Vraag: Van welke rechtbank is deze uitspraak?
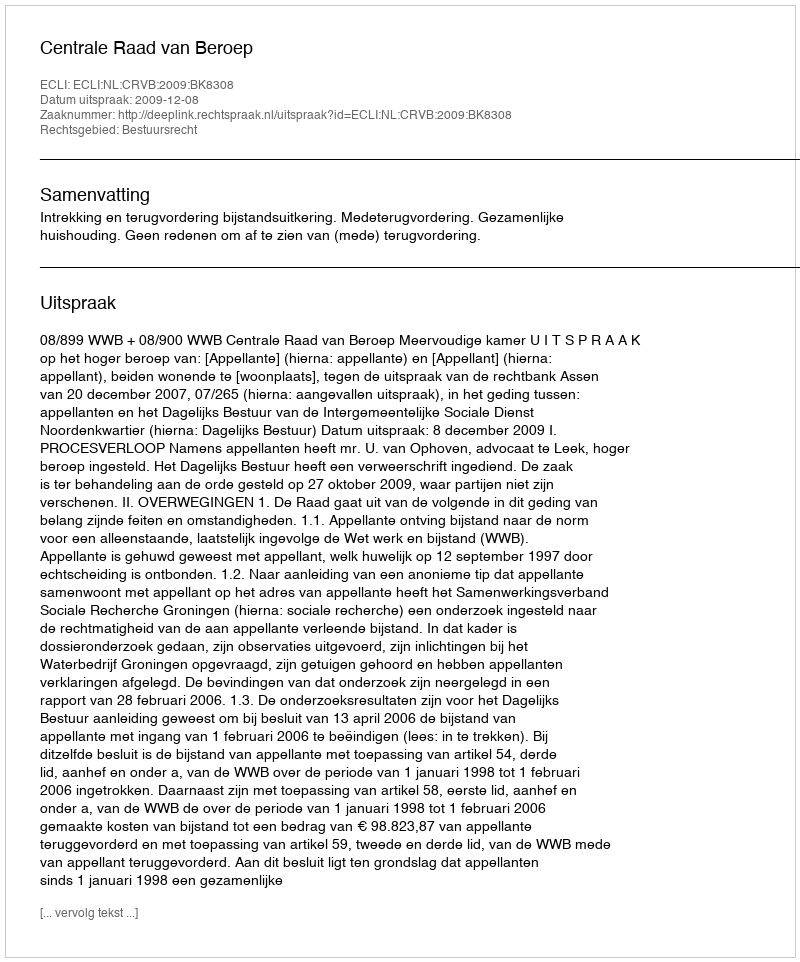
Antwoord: Centrale Raad van Beroep